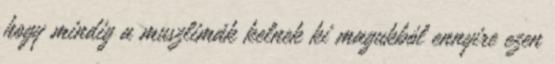
hogy mindig a muszlimák kelnek ki magukból ennyire ezen